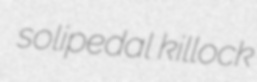
solipedal killock